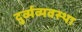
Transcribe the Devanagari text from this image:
दुर्व्यव्यवस्था